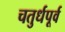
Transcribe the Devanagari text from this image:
चतुर्धपूर्व